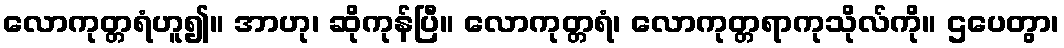
လောကုတ္တရံဟူ၍။ အာဟု၊ ဆိုကုန်ပြီ။ လောကုတ္တရံ၊ လောကုတ္တရာကုသိုလ်ကို။ ဌပေတွာ၊